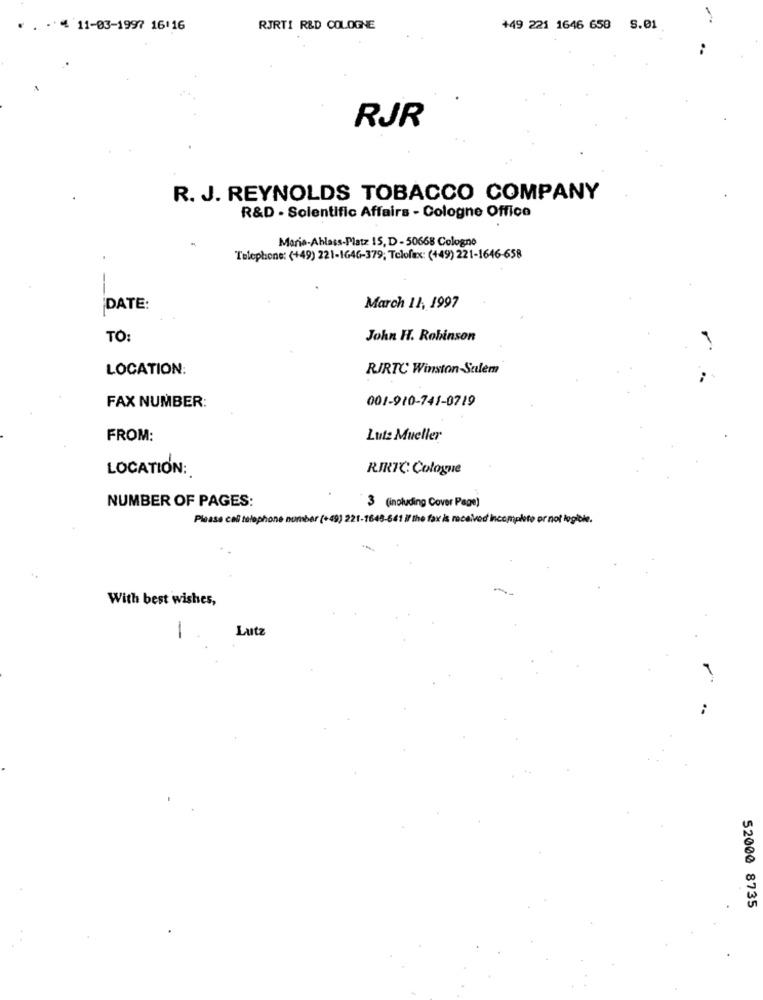
* . . 4 11-03-1997 16:16
RJRTI R&D COLOGNE
+49 221 1646 658 S.01
RJR
R. J. REYNOLDS TOBACCO COMPANY
R&D - Solentific Affairs - Cologne Office
Marie-Ablass-Platz 15, D - 50668 Cologno
Telephone: (+49) 221-1646-379; Telofax: (+49) 221-1646-658
-
DATE:
March 11, 1997
TO:
John H. Robinson
LOCATION:
RIRTC Winston-Salem
001-910-741-0719
FAX NUMBER:
FROM:
Luta Mueller
LOCATION:
RIRTC Cologne
NUMBER OF PAGES:
3 (including Cover Page)
Please cal telephone number (+49) 221-1645-641 if the fax is received incompleto or not legible.
With best wishes,
Lutz
1
52000 8735